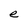
Character: e